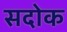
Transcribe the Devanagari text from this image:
सदोक